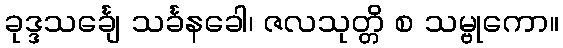
ခုဒ္ဒသင်္ချေ သင်္ခနခေါ၊ ဇလသုတ္တိ စ သမ္ဗုကော။